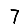
Digit: 7